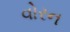
વોરન